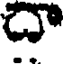
దా